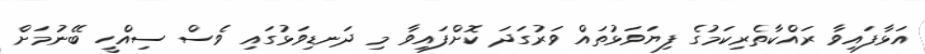
އަޅާފައިވާ ރައްކާތެރިކަމުގެ ފިޔަވަޅުތައް ވަރުގަދަ ކޮށްފައިވާ މި ދަނޑިވަޅުގައި ވެސް ސިއްހީ ބޭނުމަށް